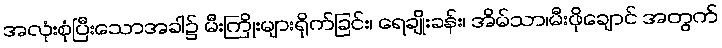
အလုံးစုံပြီးသောအခါ၌ မီးကြိုးများရိုက်ခြင်း၊ ရေချိုးခန်း၊ အိမ်သာ၊မီးဖိုချောင် အတွက်